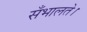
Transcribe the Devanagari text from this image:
सँभालते।